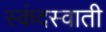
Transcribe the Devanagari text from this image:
स्कंदस्वाती